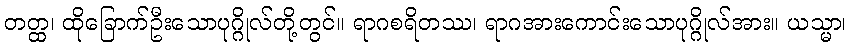
တတ္ထ၊ ထိုခြောက်ဦးသောပုဂ္ဂိုလ်တို့တွင်။ ရာဂစရိတဿ၊ ရာဂအားကောင်းသောပုဂ္ဂိုလ်အား။ ယသ္မာ၊